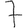
Digit: 7